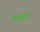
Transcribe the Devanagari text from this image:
अनुस्तरण